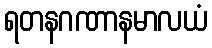
ရတနဂဏာနမာလယံ